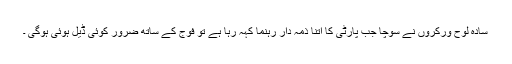
سادہ لوح ورکروں نے سوچا جب پارٹی کا اتنا ذمہ دار رہنما کہہ رہا ہے تو فوج کے ساتھ ضرور کوئی ڈیل ہوئی ہوگی ۔